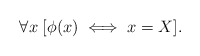
\begin{align*}\forall x\; [ \phi(x) \iff x=X ].\end{align*}